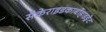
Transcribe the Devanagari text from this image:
सैकेराइडकार्बोहाइड्रेट